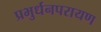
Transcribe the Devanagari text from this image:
प्रभुर्धनपरायण